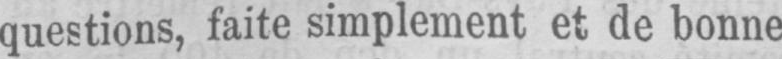
questions, faite simplement et de bonne